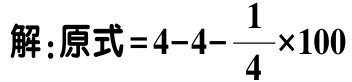
解：原式\(=4 - 4 - \dfrac{1}{4}×100\)